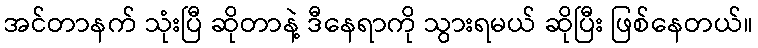
အင်တာနက် သုံးပြီ ဆိုတာနဲ့ ဒီနေရာကို သွားရမယ် ဆိုပြီး ဖြစ်နေတယ်။